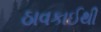
ઠાવકાઈથી